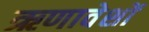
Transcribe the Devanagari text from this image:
ऋणावेशों